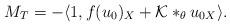
LaTeX: \begin{align*}M_{T} &= -\langle 1, f(u_{0})_{X} + \mathcal{K}*_{\theta}u_{0X} \rangle.\end{align*}